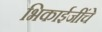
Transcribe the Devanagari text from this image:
भिकाईजींचे